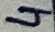
Text: 4